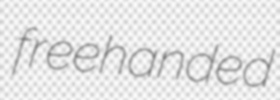
freehanded